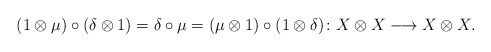
\begin{align*} (1 \otimes \mu) \circ (\delta \otimes 1) = \delta \circ \mu = (\mu \otimes 1) \circ (1 \otimes \delta)\colon X \otimes X \longrightarrow X \otimes X.\end{align*}